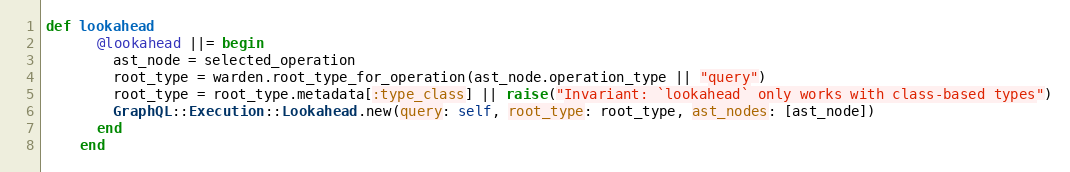
Language: Ruby
def lookahead
      @lookahead ||= begin
        ast_node = selected_operation
        root_type = warden.root_type_for_operation(ast_node.operation_type || "query")
        root_type = root_type.metadata[:type_class] || raise("Invariant: `lookahead` only works with class-based types")
        GraphQL::Execution::Lookahead.new(query: self, root_type: root_type, ast_nodes: [ast_node])
      end
    end